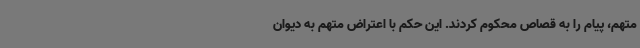
متهم، پیام را به قصاص محکوم کردند. این حکم با اعتراض متهم به دیوان